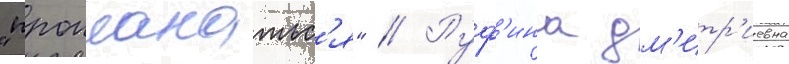
"проплакатьс'я" // Руф'ина дм'итр'иевна